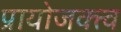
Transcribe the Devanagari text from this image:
प्रायोजक्त्व